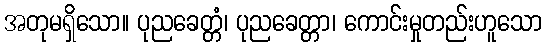
အတုမရှိသော။ ပုညခေတ္တံ၊ ပုညခေတ္တာ၊ ကောင်းမှုတည်းဟူသော